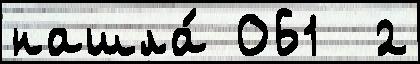
нашла́ 061  2